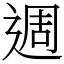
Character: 週